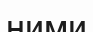
ними